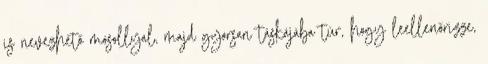
is nevezhető mosollyal, majd gyorsan táskájába túr, hogy leellenőrizze,